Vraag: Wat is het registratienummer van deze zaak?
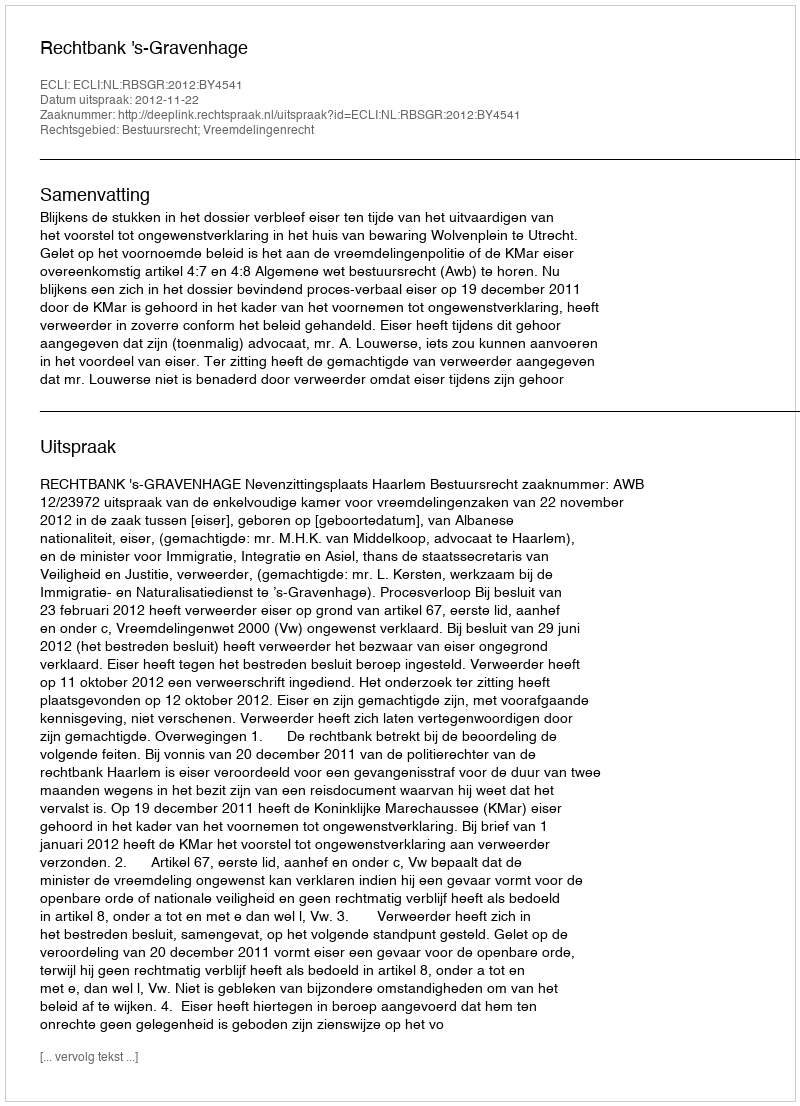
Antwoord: http://deeplink.rechtspraak.nl/uitspraak?id=ECLI:NL:RBSGR:2012:BY4541